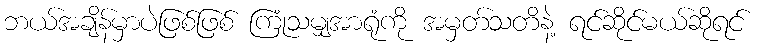
ဘယ်အချိန်မှာပဲဖြစ်ဖြစ် ကြုံသမျှအာရုံကို အမှတ်သတိနဲ့ ရင်ဆိုင်မယ်ဆိုရင်